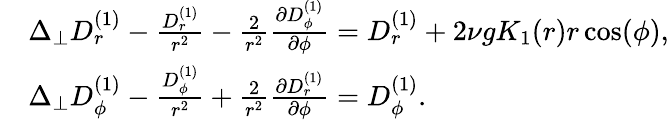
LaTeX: \begin{array}{rl}&{\Delta_{\perp}D_{r}^{(1)}-\frac{D_{r}^{(1)}}{r^{2}}-\frac{2}{r^{2}}\frac{\partial D_{\phi}^{(1)}}{\partial\phi}=D_{r}^{(1)}+2\nu gK_{1}(r)r\cos(\phi),}\\ &{\Delta_{\perp}D_{\phi}^{(1)}-\frac{D_{\phi}^{(1)}}{r^{2}}+\frac{2}{r^{2}}\frac{\partial D_{r}^{(1)}}{\partial\phi}=D_{\phi}^{(1)}.}\end{array}